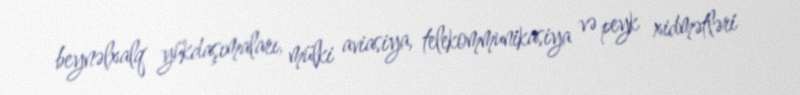
beynəlxalq yükdaşımaları, mülki aviasiya, telekommunikasiya və peyk xidmətləri